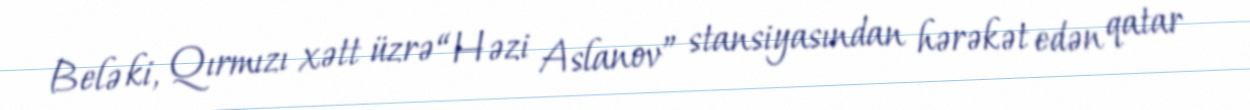
Belə ki, Qırmızı xətt üzrə “Həzi Aslanov” stansiyasından hərəkət edən qatar